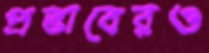
প্রভাবেরও